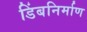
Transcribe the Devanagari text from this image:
डिंबनिर्माण